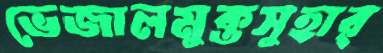
ভেজালমুক্তসুহার্